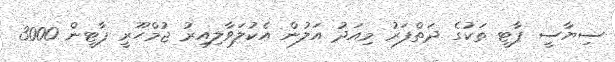
ސިޔާސީ ޕާޓީ ތަކުގެ ދަތްފަރު މިއަދު އަލުން އެކުލަވާލިއިރު ޖުމްހޫރީ ޕާޓީން 3000